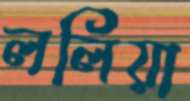
ললিয়া